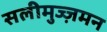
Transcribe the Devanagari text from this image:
सलीमुज्ज़मन